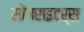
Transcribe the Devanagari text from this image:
सोंगराइटर्स